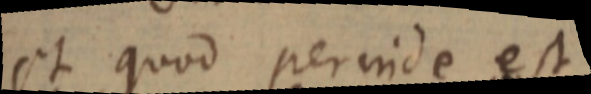
et quod perinde est